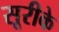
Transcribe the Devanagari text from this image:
सूरीके